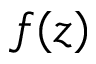
f ( z )